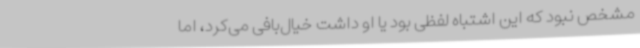
مشخص نبود که این اشتباه لفظی بود یا او داشت خیال‌بافی می‌کرد، اما